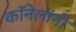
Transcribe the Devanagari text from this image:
कॉनेलांनी